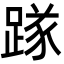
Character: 䠔